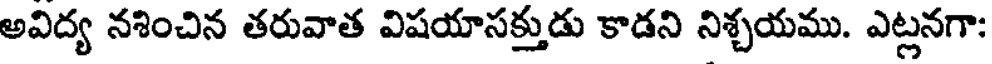
అవిద్య నశించిన తరువాత విషయాసక్తుడు కాడని నిశ్చయము. ఎట్లనగా: